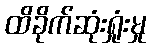
ထိခိုက်ဆုံးရှုံးမှု